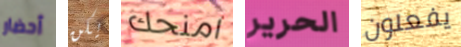
أحضار يكن امنحك الحرير يفعلون